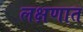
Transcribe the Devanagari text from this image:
लक्षणात